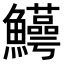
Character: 𬵸